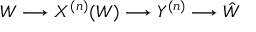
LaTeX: W \longrightarrow X ^ { ( n ) } ( W ) \longrightarrow Y ^ { ( n ) } \longrightarrow { \hat { W } }